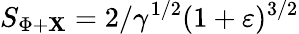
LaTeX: S_{\Phi+\mathbf{X}}=2/\gamma^{1/2}(1+\varepsilon)^{3/2}